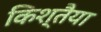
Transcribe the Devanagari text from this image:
किश्तैया